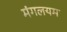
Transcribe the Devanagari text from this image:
मंगलयम